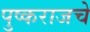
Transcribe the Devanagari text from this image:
पुष्कराजचे